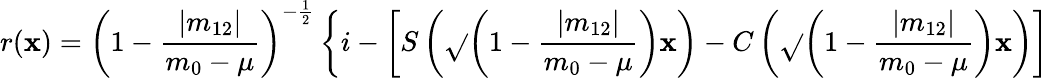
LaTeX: r(\mathbf{x})=\left(1-\frac{{|m_{12}|}}{{m_{0}-\mu}}\right)^{-\frac{{1}}{{2}}}\left\{ i-\left[S\left(\sqrt{}{{\left(1-\frac{{|m_{12}|}}{{m_{0}-\mu}}\right)\mathbf{x}}}\right)-C\left(\sqrt{}{{\left(1-\frac{{|m_{12}|}}{{m_{0}-\mu}}\right)\mathbf{x}}}\right)\right]\right.